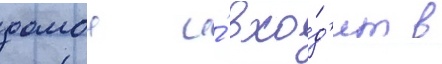
домои и́ вхо́д'ит в